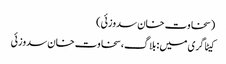
(سخاوت خان سدوزئی)
کیٹاگری میں : بلاگ، سخاوت خان سدوزئی